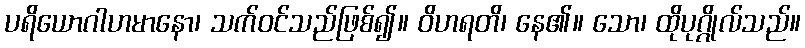
ပရိယောဂါဟမာနော၊ သက်ဝင်သည်ဖြစ်၍။ ဝိဟရတိ၊ နေ၏။ သော၊ ထိုပုဂ္ဂိုလ်သည်။